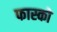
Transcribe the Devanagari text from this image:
फास्को